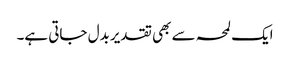
ایک لمحہ سے بھی تقدیر بدل جاتی ہے۔